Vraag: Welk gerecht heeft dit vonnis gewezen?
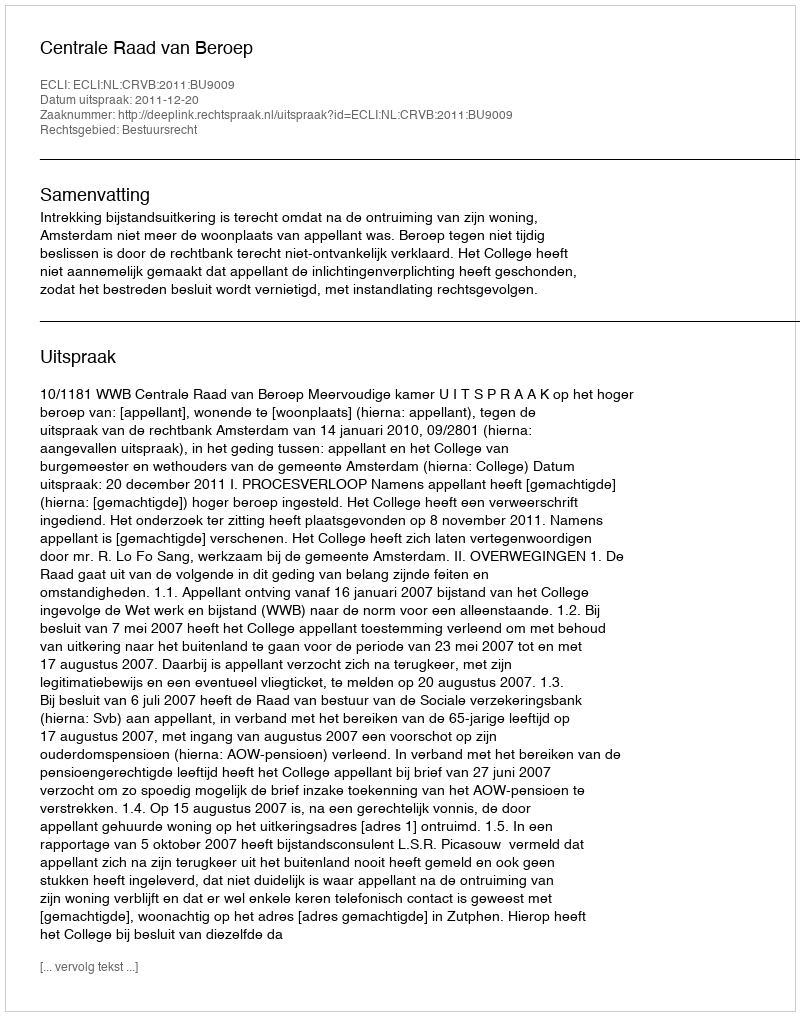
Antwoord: Centrale Raad van Beroep